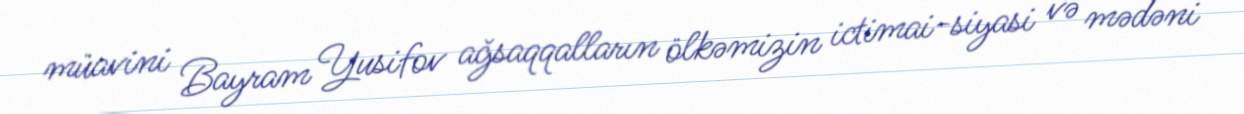
müavini Bayram Yusifov ağsaqqalların ölkəmizin ictimai-siyasi və mədəni